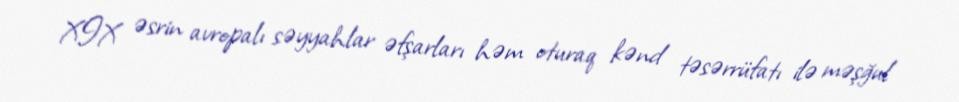
XIX əsrin avropalı səyyahlar əfşarları həm oturaq kənd təsərrüfatı ilə məşğul